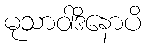
မုသာဝါဒိနောပိ